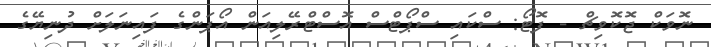
ނޮވަކް ޖޮކޮވިޗް - ފޮޓޯ: ސްކައި ސްޕޯޓްސް އޮސްޓްރޭލިއަން އޯޕަންގެ ފައިނަލަށް ދުނިޔޭގެ